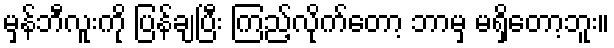
မှန်ဘီလူးကို ပြန်ချပြီး ကြည့်လိုက်တော့ ဘာမှ မရှိတော့ဘူး။